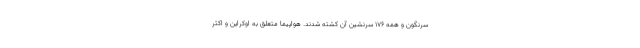
سرنگون و همه 176 سرنشین آن کشته شدند. هواپیما متعلق به اوکراین و اکثر